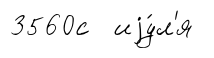
3560с иjу́л'я